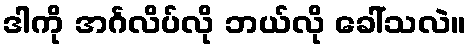
ဒါကို အင်္ဂလိပ်လို ဘယ်လို ခေါ်သလဲ။